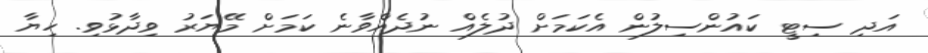
އަދި ސިޓީ ކައުންސިލުން އެކަމަށް ދުލެއް ނުދެއްވާނެ ކަމަށް މޭޔަރު ވިދާޅުވި. ހިޔާ